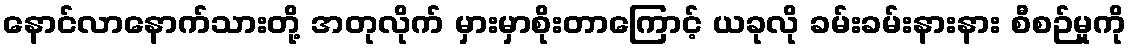
နောင်လာနောက်သားတို့ အတုလိုက် မှားမှာစိုးတာကြောင့် ယခုလို ခမ်းခမ်းနားနား စီစဉ်မှုကို